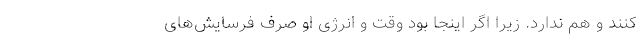
کنند و هم ندارد. زیرا اگر اینجا بود وقت و انرژی او صرف فرسایش‌های